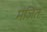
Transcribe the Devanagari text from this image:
मंजित